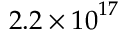
2 . 2 \times { { 1 0 } ^ { 1 7 } }